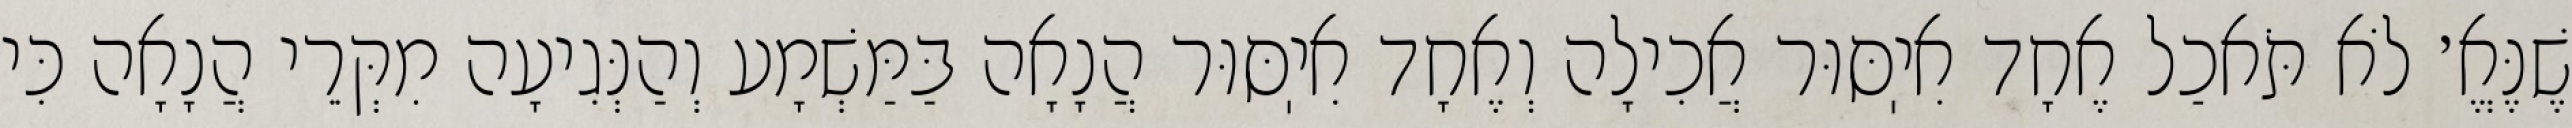
שֶׁנֶּאֱ׳ לֹא תֹּאכַל אֶחָד אִיֽסּוּר אֲכִילָה וְאֶחָד אִיֽסּוּר הֲנָאָה בַּמַּשְׁמָע וְהַנְּגִיעָה מִקְּרֵי הֲנָאָה כִּי